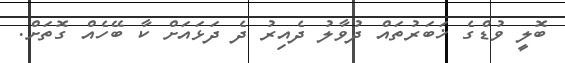
ބޮލީ ވުޑްގެ ޚަބަރުތައް ދުވާލު ދެއިރު ދެ ދަޅައަށް ކާ ބޭހެއް ގޮތަށް.